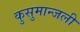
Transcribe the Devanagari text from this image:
कुसुमान्जली